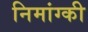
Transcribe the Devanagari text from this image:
निमांग्की